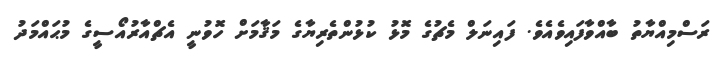
ރަސްމިއްޔާތު ބާއްވާފައިވެއެވެ. ފައިނަލް މެޗުގެ މޮޅު ކުޅުންތެރިޔާގެ މަޤާމަށް ހޮވުނީ އެޗްއާރުއޯސީގެ މުޙައްމަދު